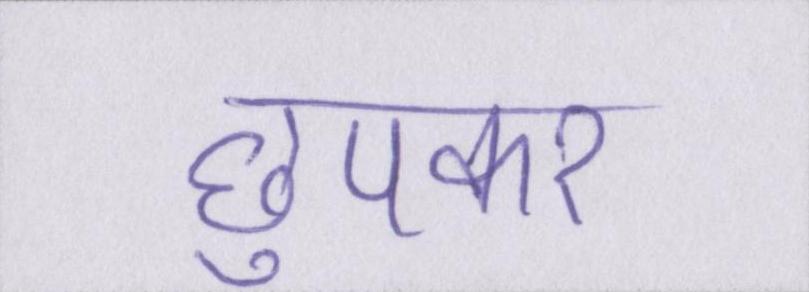
छुपकर